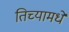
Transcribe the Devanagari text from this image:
तिच्यामधे